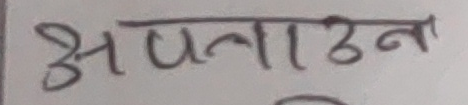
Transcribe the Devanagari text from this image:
अपनाउन